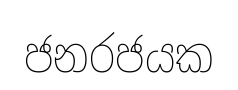
ජනරජයක